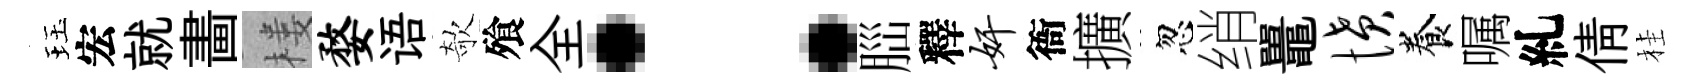
珏宏就畵楼婺语欹飱全：𦛁釋奸衙擴忽绡鼉愤養嘱糺倩桂